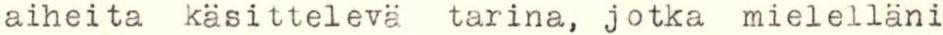
aiheita käsittelevä tarina, jotka mielelläni